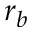
r _ { b }